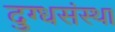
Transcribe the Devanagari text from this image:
दुग्धसंस्था